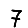
Digit: 7